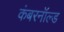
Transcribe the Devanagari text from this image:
कंबरनॉल्ड